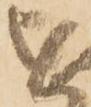
を